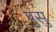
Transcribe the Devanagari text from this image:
पुंसु